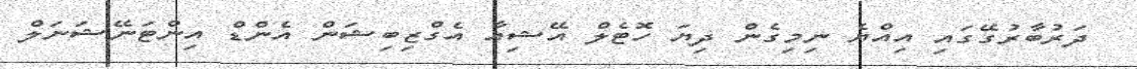
ދަރުބާރުގޭގައި އިއްޔެ ނިމިގެން ދިޔަ ހޮޓެލް އޭޝިއާ އެގްޒިބިޝަން އެންޑް އިންޓަނޭޝަނަލް